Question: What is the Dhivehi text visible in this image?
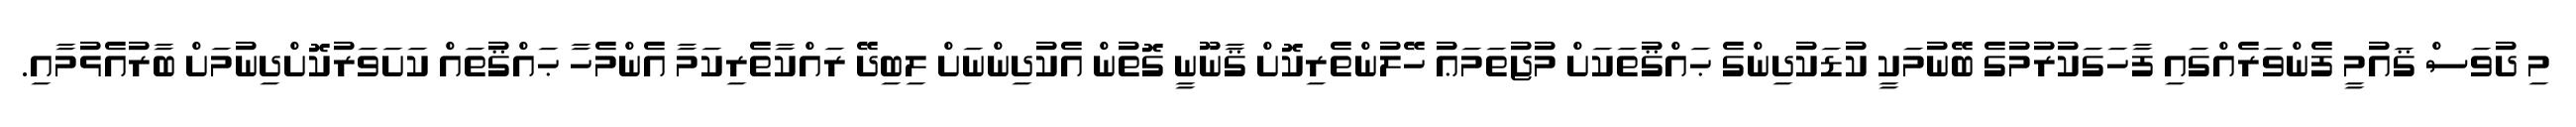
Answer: މި ދުވަސް ޤައުމީ ފެންވަރެއްގައި ފާހަގަކުރުމުގެ ބޭނުމަކީ ކުޑަކުދިންގެ ޙައްޤުތަކަށް މުޖުތަމަޢު ހޭލުންތެރިކޮށް ޤާނޫނީ ގޮތުން އެކުދިންނަށް ލިބިދޭ ރައްކާތެރިކަމާ އެންމެހާ ޙައްޤުތައް ކަށަވަރުކޮށްދިނުމަށް ބާރުއެޅުމާއި.